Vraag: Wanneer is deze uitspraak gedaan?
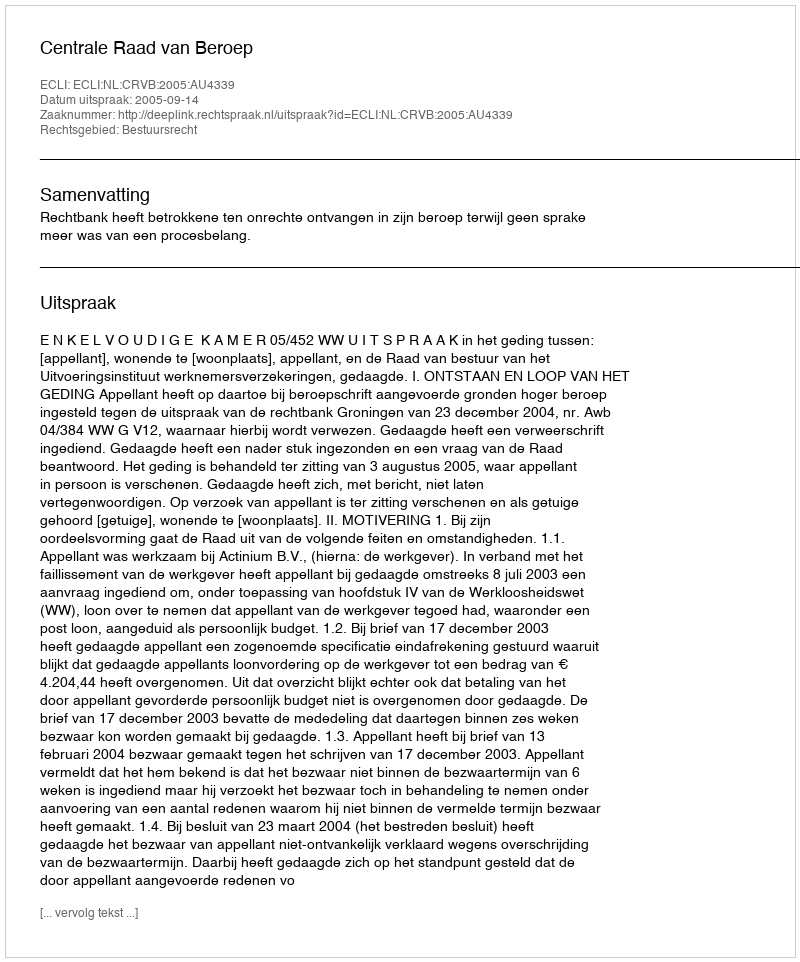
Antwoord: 2005-09-14